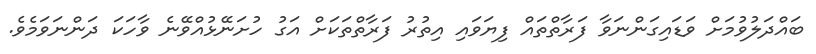
ބައްދަލުވުމަށް ވަޑައިގަންނަވާ ފަރާތްތައް ފިޔަވައި އިތުރު ފަރާތްތަކަށް އަގު ހުށަނޭޅުއްވޭނެ ވާހަކަ ދަންނަވަމެވެ.